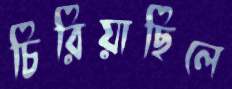
চিরিয়াছিলে